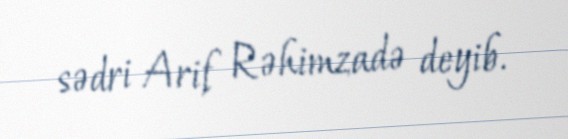
sədri Arif Rəhimzadə deyib.